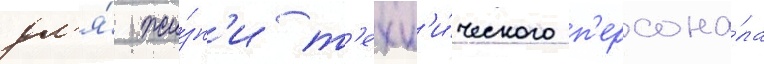
дл'я́ жи́зн'и т'ехн'и́ческого п'ерсона́ла